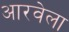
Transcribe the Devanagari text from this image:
आरवेला